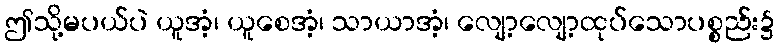
ဤသို့မပယ်ပဲ ယူအံ့၊ ယူစေအံ့၊ သာယာအံ့၊ လျော့လျော့ထုပ်သောပစ္စည်း၌